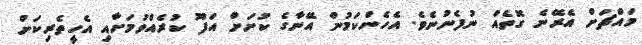
މައްޗަށް އެރޭނެ ގޮތެއް ނުފެނުނެވެ. އެހެންކަމުން އޭނާގެ ކުށަށް އަފޫ ކުރެއްވުމަށާއި އެހީތެރިކަށް